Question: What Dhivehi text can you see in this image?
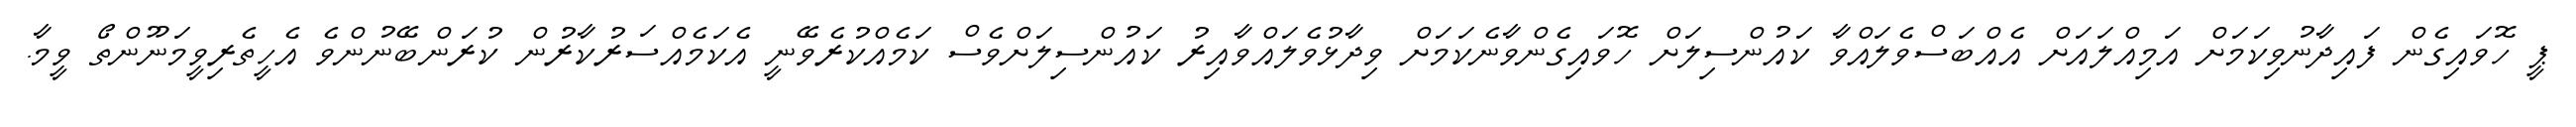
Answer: ޕީ ހޮވައިގެން ފައިދާނުވިކަމަށް އަމިއްލައަށް އެއްބަސްވެލައްވާ ކައުންސިލަށް ހޮވައިގެންވާނެކަމަށް ވިދާޅުވެލައްވާއިރު ކައުންސިލަށްވެސް ކަމެއްކުރެވޭނީ އެކަމެއްސަރުކާރުން ކުރަންބޭނުންވެ އެހީތެރިވީމަނޫންތޯ ވީމާ.